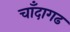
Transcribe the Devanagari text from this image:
चाँदागढ